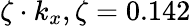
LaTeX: \zeta\cdot k_{x},\zeta=0.142